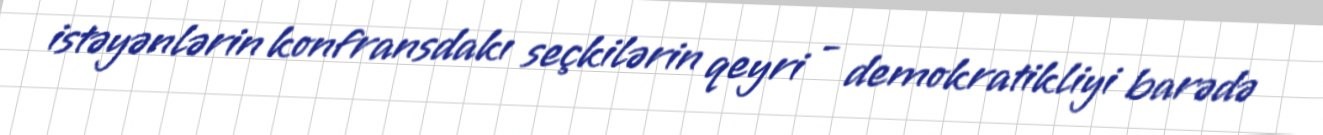
istəyənlərin konfransdakı seçkilərin qeyri - demokratikliyi barədə